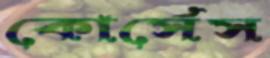
কোর্সেস